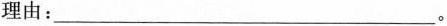
理由：___。